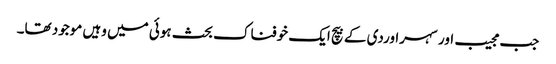
جب مجیب اور سہراوردی کے بیچ ایک خوفناک بحث ہوئی میں وہیں موجود تھا۔